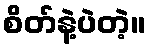
စိတ်နဲ့ပဲတဲ့။